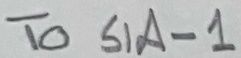
Text: TO S1A-1